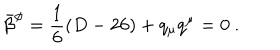
LaTeX: \bar { \beta } ^ { \phi } = \frac { 1 } { 6 } ( D - 2 6 ) + q _ { \mu } q ^ { \mu } = 0 ~ .